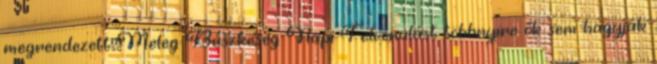
megrendezett Meleg Büszkeség Napi Felvonulást többnyire ők sem hagyják